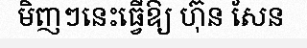
មិញៗនេះធ្វើឱ្យ ហ៊ុន សែន